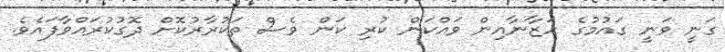
ގަނީ ވަނީ ގައުމުގެ ހަޒާނާއިން ވައްކަން ކުރި ކަން ވެސް ތަކުރާރުކޮށް ދޮގުކުރައްވާފައެވެ.